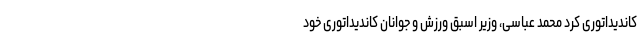
کاندیداتوری کرد محمد عباسی، وزیر اسبق ورزش و جوانان کاندیداتوری خود